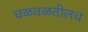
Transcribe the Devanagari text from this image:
चळवळतीलच